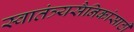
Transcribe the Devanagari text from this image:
स्वातंत्र्यसैनिकांसाठी